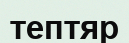
тептяр